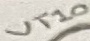
Text: VT10